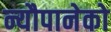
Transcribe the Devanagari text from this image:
न्यौपानेको